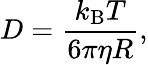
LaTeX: D=\frac{k_{\mathrm{B}}T}{6\pi\eta R},